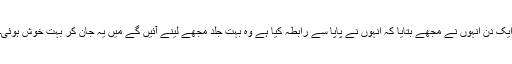
ایک دن انہوں نے مجھے بتایا کہ انہوں نے پاپا سے رابطہ کیا ہے وہ بہت جلد مجھے لینے آئیں گے میں یہ جان کر بہت خوش ہوئی۔